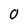
Character: 0